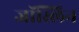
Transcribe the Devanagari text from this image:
जॉस्लिन